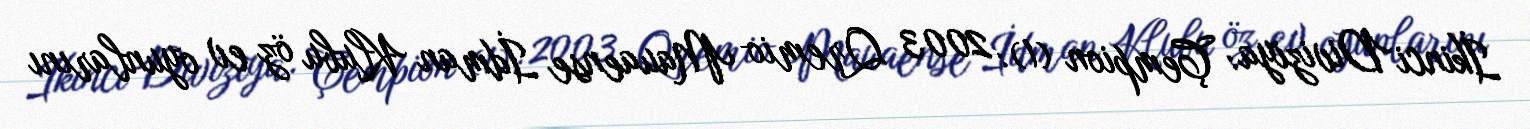
İkinci Diviziya: Çempion (1): 2003 Qremio Mauaense İdman Klubu öz ev oyunlarını